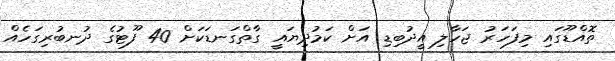
ތޮއްޑޫގައި މިފަހަރު ޖަހާލި އީދުބިޑި އަށް ކަމުދިޔައީ ގާތްގަނޑަކަށް 40 ފޫޓުގެ ދުނބުރިގަހެއް